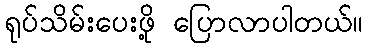
ရုပ်သိမ်းပေးဖို့ ပြောလာပါတယ်။